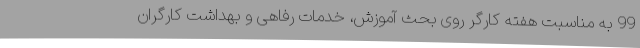
99 به مناسبت هفته کارگر روی بحث آموزش، خدمات رفاهی و بهداشت کارگران